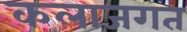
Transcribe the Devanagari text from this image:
कलाजगत